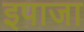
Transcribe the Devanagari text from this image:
इपाजा